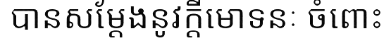
បានសម្តែងនូវក្តីមោទនៈ ចំពោះ